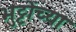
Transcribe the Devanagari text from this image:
भुट्टोंच्या